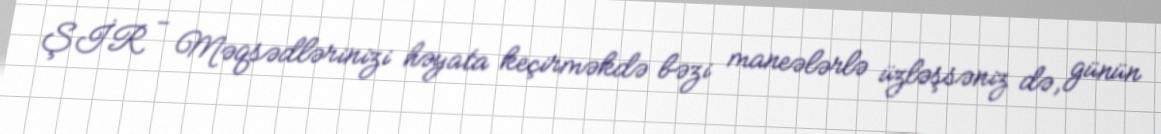
ŞİR - Məqsədlərinizi həyata keçirməkdə bəzi maneələrlə üzləşsəniz də, günün